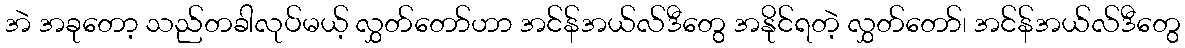
အဲ အခုတော့ သည်တခါလုပ်မယ့် လွှတ်တော်ဟာ အင်န်အယ်လ်ဒီတွေ အနိုင်ရတဲ့ လွှတ်တော်၊ အင်န်အယ်လ်ဒီတွေ